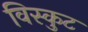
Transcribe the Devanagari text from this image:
विस्कुट